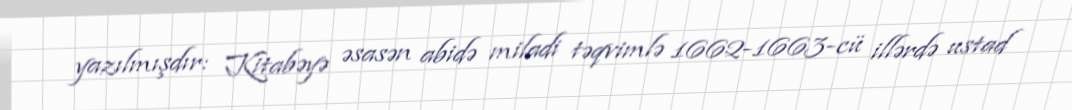
yazılmışdır: Kitabəyə əsasən abidə miladi təqvimlə 1662-1663-cü illərdə ustad